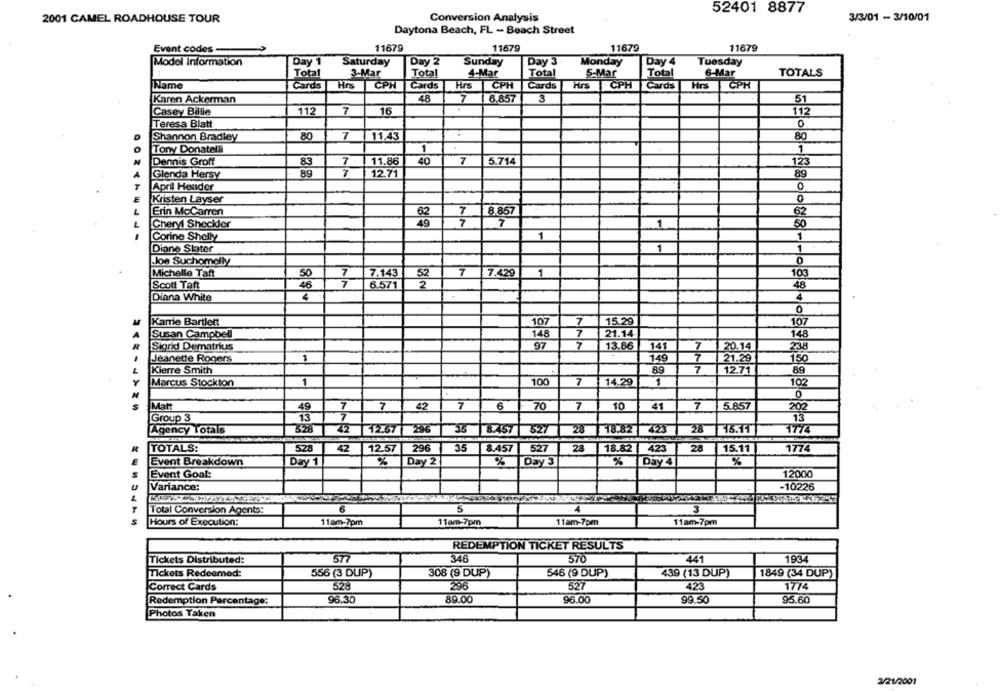
52401 8877
2001 CAMEL ROADHOUSE TOUR
Conversion Analysis
3/3/01 - 3/10/01
Daytona Beach, FL - Beach Street
Event codes-
11679
11679
11679
11679
Model Information
Day 1
Saturday
Day 2
Sunday
Day 3
Monday
Day 4
Tuesday
Total
3-Mar
Total
4-Mar
Total
5-Mar
Total
6-Mar
TOTALS
Name
Cards
Hrs
CPH
Cards
Hrs CPH
Cards
Hrs CPH
Cards
Hrs
CPH
Karen Ackerman
48
7
6.857
3
51
112
7
16
Casey Billie
112
Teresa Blatt
0
Shannon Bradley
80
7
11,43
80
Tony Donatelli
1
1
Dennis Groff
83
7
11.86
40
7
5.714
123
89
7
Glenda Hersy
12.71
89
April Header
Kristen Layser
0
Erin McCarren
7
8.857
62
7
Cheryl Sheckler
7
50
1
1
Corine Shelly
1
Diane Slater
1
1
.Joe Suchomolly
Michelle Taft
7.143
7
7.429
1
103
52
Scott Taft
6.571
48
Diana White
4
4
0
Karrie Bartlett
107
7
15.29
107
Susan Campbell
148
7
21.14
148
97
7
13.86
Sigrid Dematrius
141
20.14
238
Jeanette Rogers
1
149
21.29
150
Kierre Smith
89
7
12.71
89
100
7
1
Marcus Stockton
1
14.29
102
Matt
49
7
7
42
7
6
70
7
10
41
7
5.857
202
Group 3
73
7
13
5.28
12.67
296
35
8.457
28 18.82
293
28
Agency Totals
527
1774
TOTALS:
523
42
12.57
296
35
8.457
527
28
18.82
423
28
15.11
1774
Event Breakdown
Day 1
%
Day 2
%
Day 3
%
Day 4
%
Event Goal:
12000
Variance:
-10226
Total Conversion Agents:
6
4
3
Hours of Execution:
11am-7pm
11am-7pm
11am-7pm
11am-7pm
REDEMPTION TICKET RESULTS
Tickets Distributed:
577
346
570
441
1934
Tickets Redeemed:
556 (3 DUP)
308 (9 DUP)
546 (9 DUP)
439 (13 DUP)
1849 (34 DUP)
Correct Cards
528
296
527
423
1774
Redemption Percentage:
96.30
89.00
96.00
99.50
95.60
Photos Taken
3/21/2001